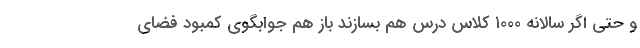
و حتی اگر سالانه ۱۰۰۰ کلاس درس هم بسازند باز هم جوابگوی کمبود فضای